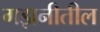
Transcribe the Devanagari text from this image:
गझनीतील